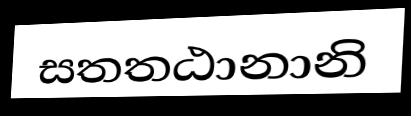
සතතඨානානි